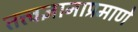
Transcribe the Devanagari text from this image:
तत्त्वज्ञानाप्रमाणे